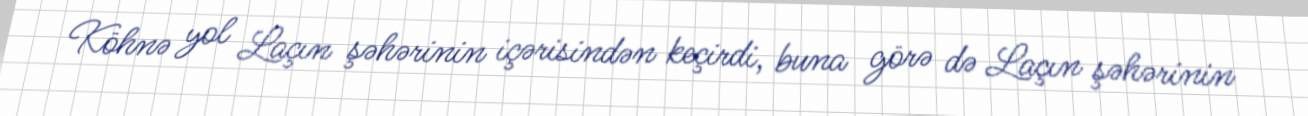
Köhnə yol Laçın şəhərinin içərisindən keçirdi, buna görə də Laçın şəhərinin